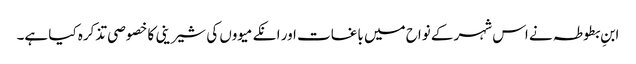
ابنِ بطوطہ نے اس شہر کے نواح میں باغات اور انکے میووں کی شیرینی کا خصوصی تذکرہ کیا ہے۔